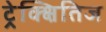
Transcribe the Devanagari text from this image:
ट्रेक्क्षितिज